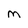
Character: M